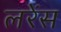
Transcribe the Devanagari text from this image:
लरेंस